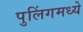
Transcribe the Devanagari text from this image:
पुलिंगमध्ये